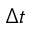
\Delta t